画像に写った文字を読んでください
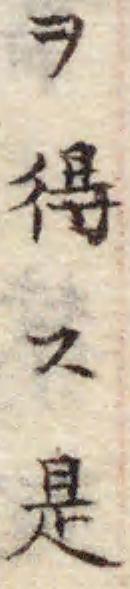
「ヲ得ス是」と書いてあります